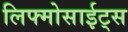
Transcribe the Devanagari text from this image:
लिफ्मोसाईट्स